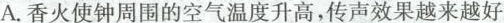
A.香火使钟周围的空气温度升高，传声效果越来越好